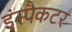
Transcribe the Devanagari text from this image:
इंस्पैकटर